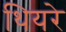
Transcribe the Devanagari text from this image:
थियरे